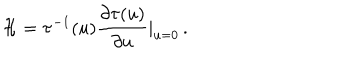
{ \cal H } = \tau ^ { - 1 } ( u ) \frac { \partial \tau ( u ) } { \partial u } | _ { u = 0 } \, .